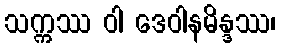
သက္ကဿ ဝါ ဒေဝါနမိန္ဒဿ၊